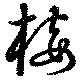
椄